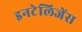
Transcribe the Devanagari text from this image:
इनटेलिजेंस